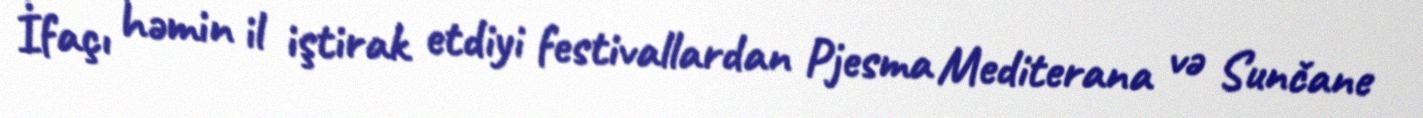
İfaçı həmin il iştirak etdiyi festivallardan Pjesma Mediterana və Sunčane